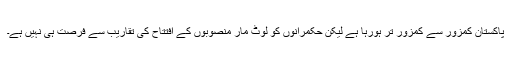
پاکستان کمزور سے کمزور تر ہورہا ہے لیکن حکمرانوں کو لوٹ مار منصوبوں کے افتتاح کی تقاریب سے فرصت ہی نہیں ہے۔